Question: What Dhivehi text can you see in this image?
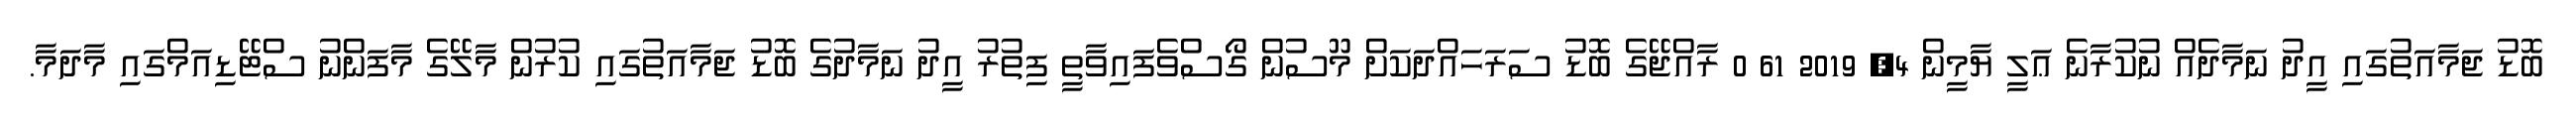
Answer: ބޮޑު ޖަމާއަތުގައި އީދު ނަމާދެއް ނުކުރާނެ ޢަލީ ޔާމީން 4, 2019 61 0 ރާއްޖޭގެ ބޮޑު ސަރަހައްދަކަށް މޫސުން ގޯސްވެފައިވާތީ ފިތުރު އީދު ނަމާދުގެ ބޮޑު ޖަމާއަތުގައި ކުރުން މާލޭގެ މާފަންނު ސްޓޭޑިއަމްގައި މާދަމާ.